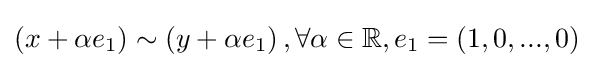
\left(x+\alpha e_{1}\right)\sim \left(y+\alpha e_{1}\right),\forall \alpha \in \mathbb {R} ,e_{1}=\left(1,0,...,0\right)